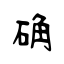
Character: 确